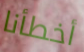
أخطأنا